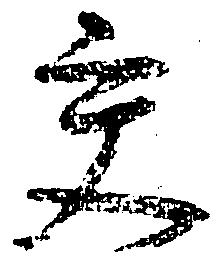
交